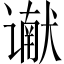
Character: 谳